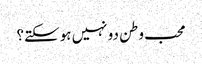
محب وطن دو نہیں ہوسکتے؟